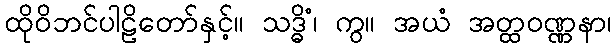
ထိုဝိဘင်ပါဠိတော်နှင့်။ သဒ္ဓိံ၊ ကွ။ အယံ အတ္ထဝဏ္ဏနာ၊